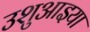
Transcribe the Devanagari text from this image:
उशुआइया